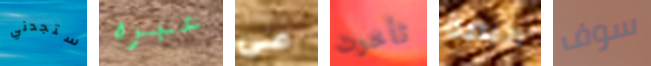
ستجدني عبره علي تأخرت رخيصة سوف